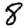
Digit: 8